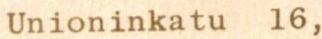
Unioninkatu 16,